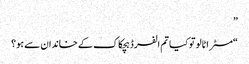
”
“مسٹر اٹالو تو کیا تم الفرڈ ہچکاک کے خاندان سے ہو؟